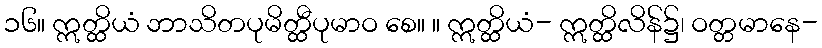
၁၆။ ဣတ္ထိယံ ဘာသိတပုမိတ္ထီပုမာဝ စေ။ ။ ဣတ္ထိယံ- ဣတ္ထိလိန်၌၊ ဝတ္တမာနေ-